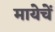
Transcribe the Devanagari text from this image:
मायेचें